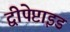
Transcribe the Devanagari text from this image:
द्वीपेप्टाइड